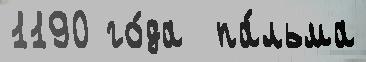
1190 го́да  па́льма